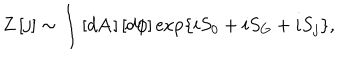
LaTeX: Z \left[ j \right] \sim \int \left[ d \mathbf { A } \right] \left[ d \phi \right] \exp \left\{ i S _ { 0 } + i S _ { G } + i S _ { j } \right\} ,